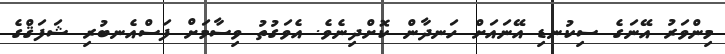
މިންވަރު އޭނަގެ ސިކުނޑި އޭނައަށް ހަނދާން ކޮށްދިނެވެ. އެވަގުތު ވިސާމަށް ފަސްއެނބުރި ޝަފަޤްގެ